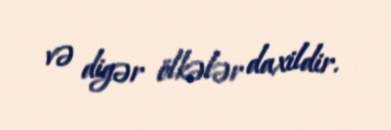
və digər ölkələr daxildir.